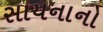
સાયનાનો